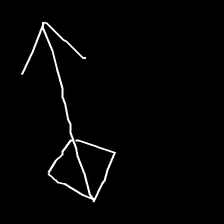
Glyph: focus